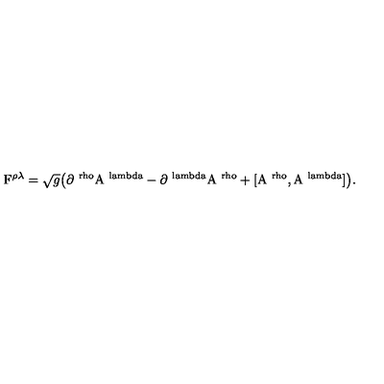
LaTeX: \mathrm { F } ^ { \rho \lambda } = \sqrt { g } \big ( \mathrm { \partial ^ { \ r h o } A ^ { \ l a m b d a } - \partial ^ { \ l a m b d a } A ^ { \ r h o } + [ A ^ { \ r h o } , A ^ { \ l a m b d a } ] \big ) } .